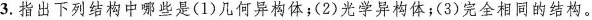
3.指出下列结构中哪些是(1)几何异构体;(2)光学异构体;(3)完全相同的结构。